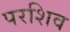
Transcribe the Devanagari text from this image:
परशिव